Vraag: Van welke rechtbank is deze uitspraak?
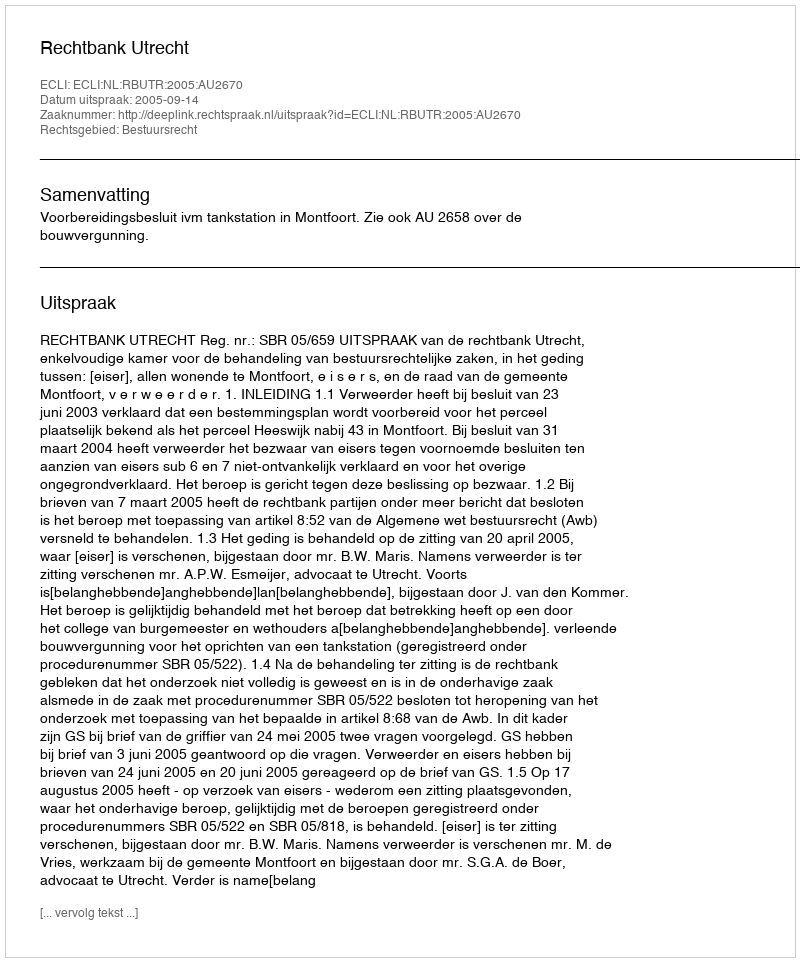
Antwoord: Rechtbank Utrecht